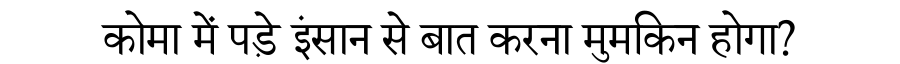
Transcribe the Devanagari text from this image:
कोमा में पड़े इंसान से बात करना मुमकिन होगा?